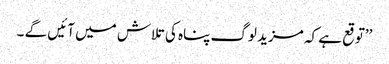
’’توقع ہے کہ مزید لوگ پناہ کی تلاش میں آئیں گے ۔